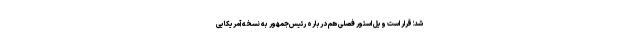
شد؛ قرار است ویل استور فصلی هم دربارهٔ رئیس‌جمهور به نسخهٔ آمریکایی